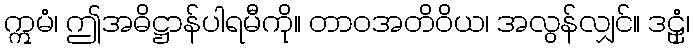
ဣမံ၊ ဤအဓိဋ္ဌာန်ပါရမီကို။ တာဝအတိဝိယ၊ အလွန်လျှင်။ ဒဠှံ၊